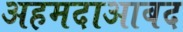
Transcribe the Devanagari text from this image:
अहमदाआबद